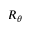
R _ { \theta }